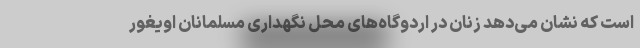
است که نشان می‌دهد زنان در اردوگاه‌های محل نگهداری مسلمانان اویغور